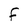
Character: F